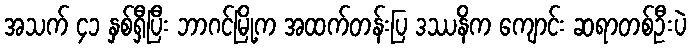
အသက် ၄၁ နှစ်ရှီပြီး ဘာဂင်မြို့က အထက်တန်းပြ ဒဿနိက ကျောင်း ဆရာတစ်ဦးပဲ